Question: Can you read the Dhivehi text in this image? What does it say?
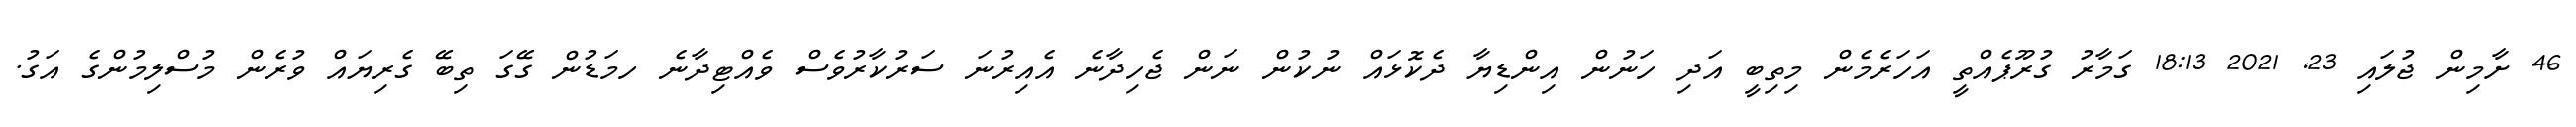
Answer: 46 ށާމިން ޖުލައި 23, 2021 18:13 ގަމާރު ގުރޫޕެއްތީ އަހަރެމެން މިތިބީ އަދި ހަނުން އިންޑިޔާ ދެކޮޅައް ނުކުން ނަން ޖެހިދާނެ އެއިރުނަ ސަރުކާރުވެސް ވެއްޓިދާނެ ހމަޑުން ގޭގަ ތިބޭ ގެރިޔައް ވުރެން މުސްލިމުންގެ އަގު.